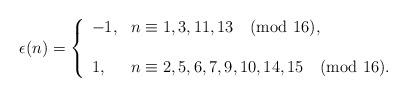
LaTeX: \begin{align*}\epsilon(n)=\left\{ \begin{array}{ll} -1, & n \equiv 1,3,11,13 \pmod{16}, \\ &\\ 1, & n \equiv 2,5,6,7,9,10,14,15 \pmod{16}.\\ \end{array}\right.\end{align*}